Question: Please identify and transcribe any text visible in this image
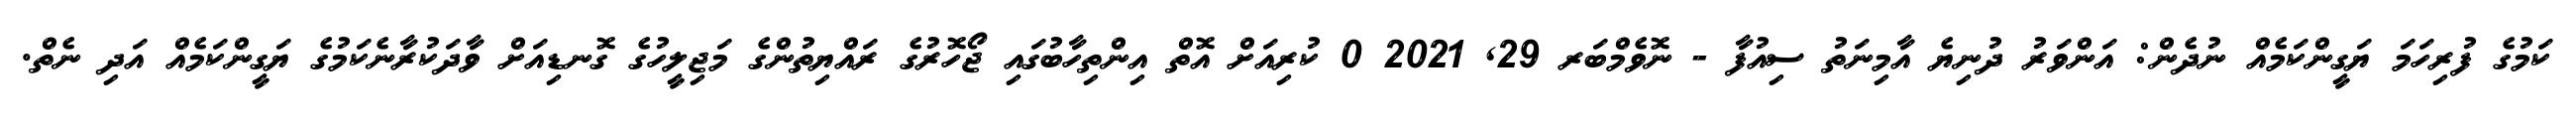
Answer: ކަމުގެ ފުރިހަމަ ޔަގީންކަމެއް ނުދެން: އަންވަރު ދުނިޔެ އާމިނަތު ސިއުފާ - ނޮވެމްބަރ 29, 2021 0 ކުރިއަށް އޮތް އިންތިހާބުގައި ޖޯހޮރުގެ ރައްޔިތުންގެ މަޖިލީހުގެ ގޮނޑިއަށް ވާދަކުރާނެކަމުގެ ޔަގީންކަމެއް އަދި ނެތް.